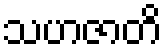
သဟဇာတိ